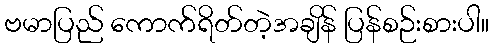
ဗမာပြည် ကောက်ရိတ်တဲ့အချိန် ပြန်စဉ်းစားပါ။